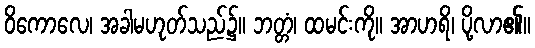
ဝိကောလေ၊ အခါမဟုတ်သည်၌။ ဘတ္တံ၊ ထမင်းကို။ အာဟရိ၊ ပို့လာ၏။